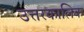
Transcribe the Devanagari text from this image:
उत्तरकालिक